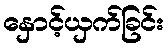
နှောင့်ယှက်ခြင်း